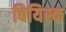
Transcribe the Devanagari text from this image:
बियिस्क